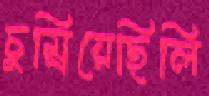
চুম্‌রিয়েছিলি